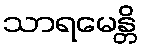
သာရမေန္တိ